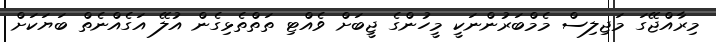
މިރާއްޖޭގަ މަޖިލިސް މެމްބަރުންނަކީ މީހުންގެ ޖީބަށް ވެއްޓި ތަތްތެޅިގެން އުލޭ އަގެއްނެތް ބަޔަކަށް